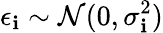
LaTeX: \epsilon_{\mathbf{i}}\sim\mathcal{{N}}(0,\sigma_{\mathbf{i}}^{2})